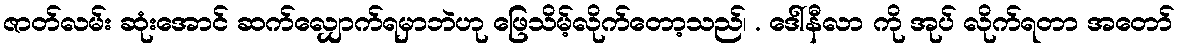
ဇာတ်လမ်း ဆုံးအောင် ဆက်လျှောက်ရမှာဘဲဟု ဖြေသိမ့်လိုက်တော့သည်၊ . ဒေါ်နီလာ ကို အုပ် လိုက်ရတာ အတော်